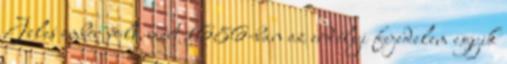
Jeles ember volt, mert 1686-ban az erdélyi fejedelem egyik